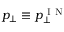
p _ { \perp } \equiv p _ { \perp } ^ { \mathrm { ~ I ~ N ~ } }